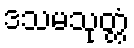
ဒသမသုတ္တံ